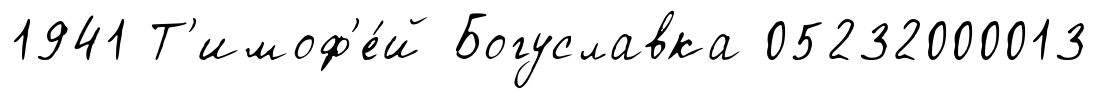
1941 Т'имоф'е́й Богуславка 05232000013